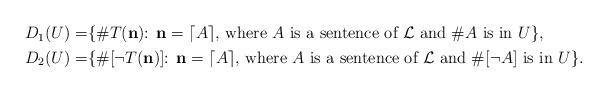
LaTeX: \begin{align*}\begin{aligned}D_1(U)=&\{\hbox{\#$T(\mathbf n)$: $\mathbf n=\left\lceil A\right\rceil$, where $A$ is a sentence of $\mathcal L$ and \#$A$ is in $U$}\},\\D_2(U)=&\{\hbox{\#[$\neg T(\mathbf n)$]: $\mathbf n=\left\lceil A\right\rceil$, where $A$ is a sentence of $\mathcal L$ and \#[$\neg A$] is in $U$}\}.\end{aligned}\end{align*}